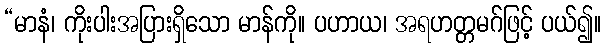
“မာနံ၊ ကိုးပါးအပြားရှိသော မာန်ကို။ ပဟာယ၊ အရဟတ္တမဂ်ဖြင့် ပယ်၍။